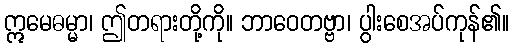
ဣမေဓမ္မာ၊ ဤတရားတို့ကို။ ဘာဝေတဗ္ဗာ၊ ပွါးစေအပ်ကုန်၏။